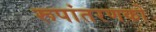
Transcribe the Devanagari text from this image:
रूपांतरणको